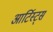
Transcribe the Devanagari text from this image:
आर्टिस्ट्‍स